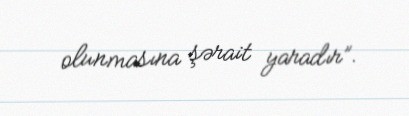
olunmasına şərait yaradır”.